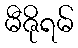
မီဇိုရမ်